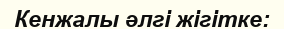
Кенжалы әлгі жігітке: